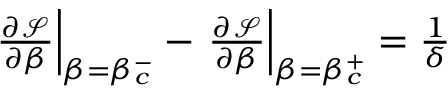
\begin{array} { r } { \left. \frac { \partial \mathcal { S } } { \partial \beta } \right| _ { \beta = \beta _ { c } ^ { - } } - \left. \frac { \partial \mathcal { S } } { \partial \beta } \right| _ { \beta = \beta _ { c } ^ { + } } = \frac { 1 } { \delta } } \end{array}